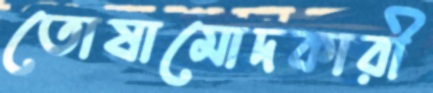
তোষামোদকারী